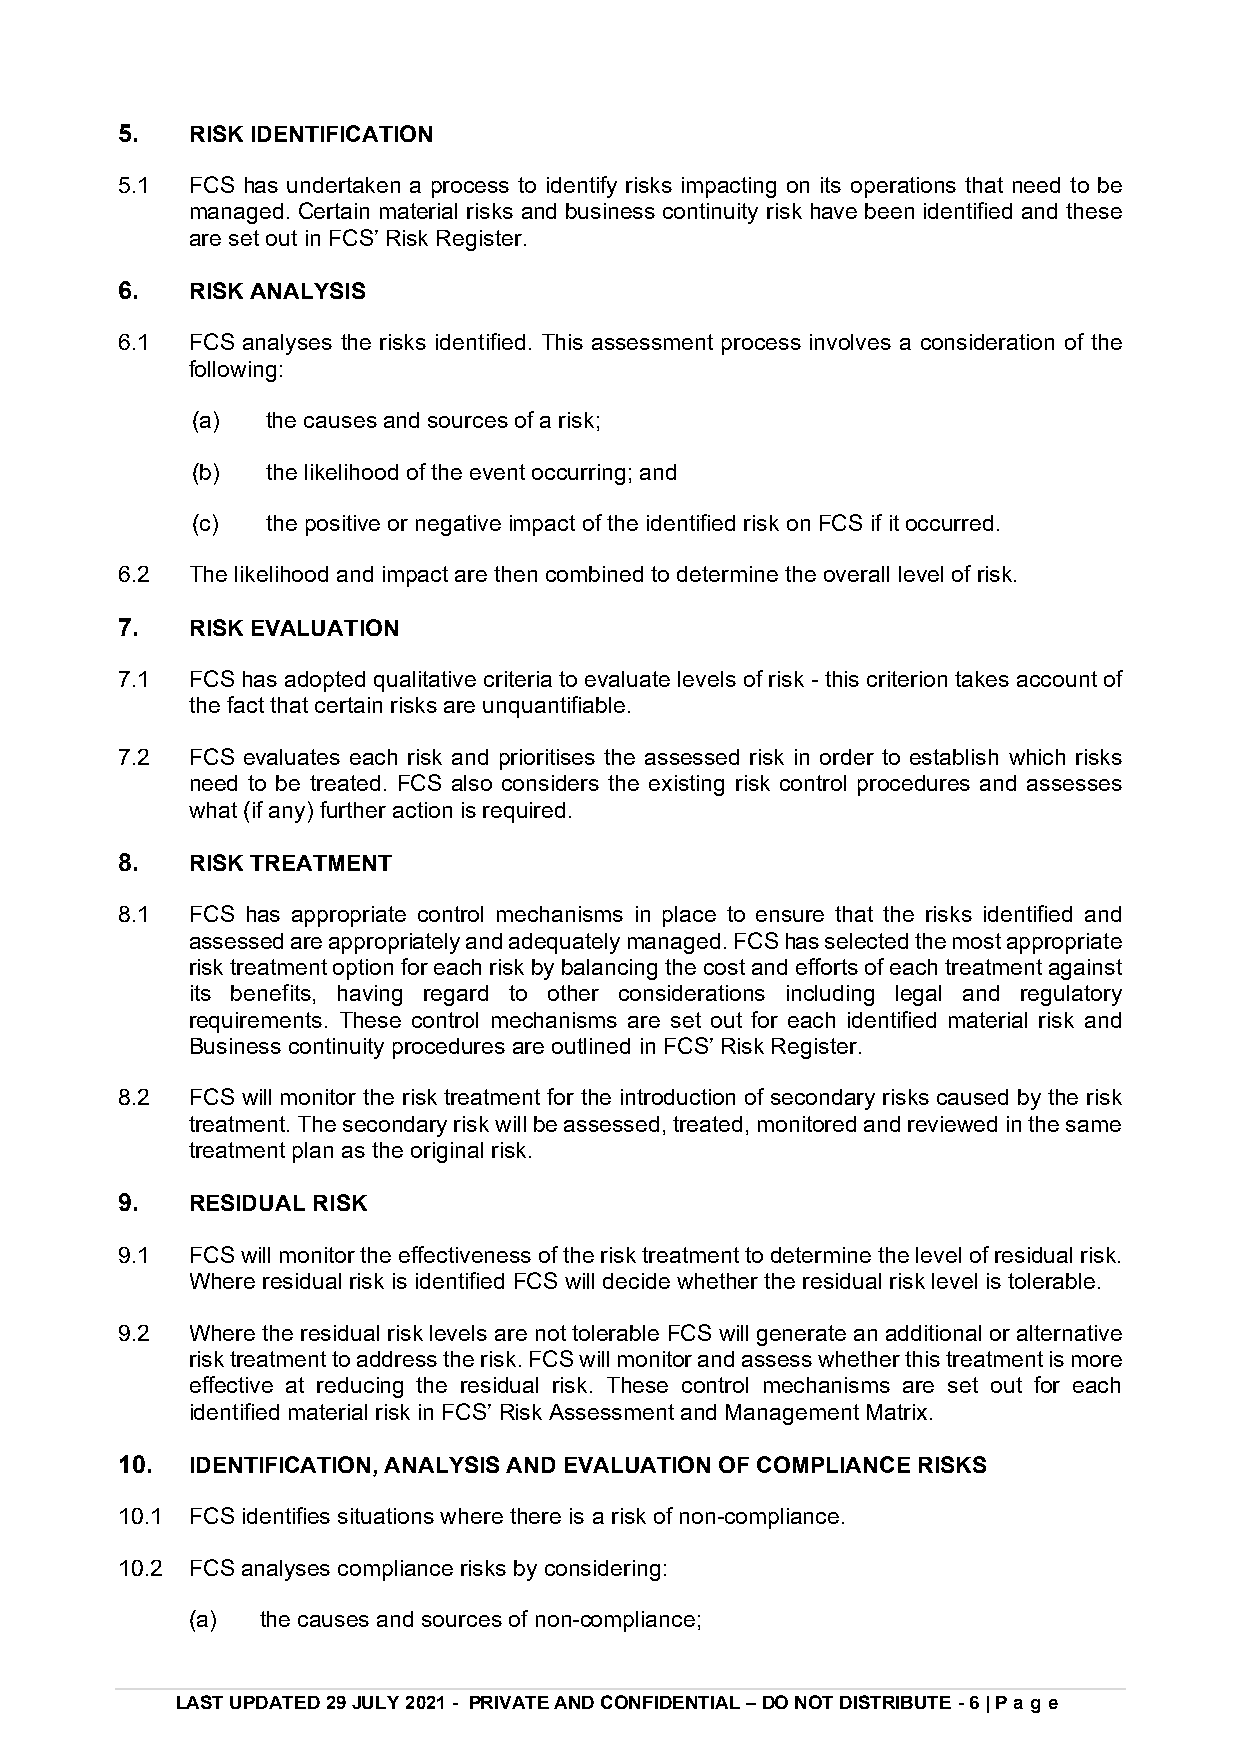
5.   RISK IDENTIFICATION
 5.1  FCS has undertaken a process to identify risks impacting on its operations that need to be
 managed. Certain material risks and business continuity risk have been identified and these
 are set out in FCS’ Risk Register.
 6.   RISK ANALYSIS
 6.1  FCS analyses the risks identified. This assessment process involves a consideration of the
 following:
 (a)  the causes and sources of a risk;
 (b)  the likelihood of the event occurring; and
 (c)  the positive or negative impact of the identified risk on FCS if it occurred.
 6.2  The likelihood and impact are then combined to determine the overall level of risk.
 7.   RISK EVALUATION
 7.1  FCS has adopted qualitative criteria to evaluate levels of risk - this criterion takes account of
 the fact that certain risks are unquantifiable.
 7.2  FCS evaluates each risk and prioritises the assessed risk in order to establish which risks
 need to be treated. FCS also considers the existing risk control procedures and assesses
 what (if any) further action is required.
 8.   RISK TREATMENT
 8.1  FCS has appropriate control mechanisms in place to ensure that the risks identified and
 assessed are appropriately and adequately managed. FCS has selected the most appropriate
 risk treatment option for each risk by balancing the cost and efforts of each treatment against
 its benefits, having regard to other considerations including legal and regulatory
 requirements. These control mechanisms are set out for each identified material risk and
 Business continuity procedures are outlined in FCS’ Risk Register.
 8.2  FCS will monitor the risk treatment for the introduction of secondary risks caused by the risk
 treatment. The secondary risk will be assessed, treated, monitored and reviewed in the same
 treatment plan as the original risk.
 9.   RESIDUAL RISK
 9.1  FCS will monitor the effectiveness of the risk treatment to determine the level of residual risk.
 Where residual risk is identified FCS will decide whether the residual risk level is tolerable.
 9.2  Where the residual risk levels are not tolerable FCS will generate an additional or alternative
 risk treatment to address the risk. FCS will monitor and assess whether this treatment is more
 effective at reducing the residual risk. These control mechanisms are set out for each
 identified material risk in FCS’ Risk Assessment and Management Matrix.
 10.  IDENTIFICATION, ANALYSIS AND EVALUATION OF COMPLIANCE RISKS
 10.1 FCS identifies situations where there is a risk of non-compliance.
 10.2 FCS analyses compliance risks by considering:
 (a) the causes and sources of non-compliance;
 LAST UPDATED 29 JULY 2021 - PRIVATE AND CONFIDENTIAL – DO NOT DISTRIBUTE - 6 | Pag e